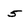
Character: 5